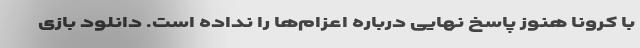
با کرونا هنوز پاسخ نهایی درباره اعزام‌ها را نداده است. دانلود بازی